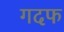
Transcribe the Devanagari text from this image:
गदफ